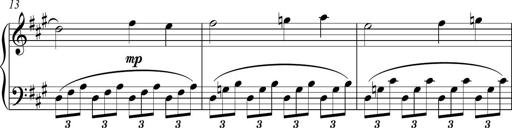
Title: Piano Sonatina in A major
Composer: Z Q Sysmoebius
Key: A major